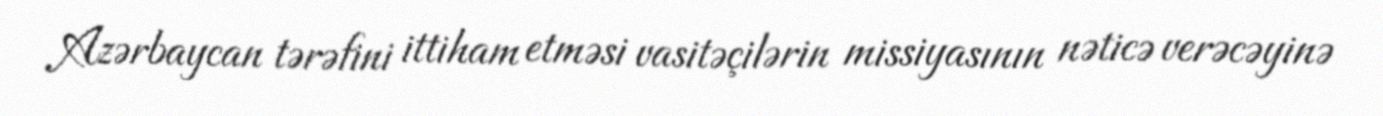
Azərbaycan tərəfini ittiham etməsi vasitəçilərin missiyasının nəticə verəcəyinə